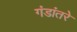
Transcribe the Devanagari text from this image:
गंडांतरे